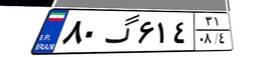
۸۰گ۶۱۴۳۱